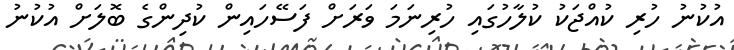
އުކުނު ހުރި ކުއްޖަކު ކުލާހުގައި ހުރިނަމަ ވަރަށް ފަސޭހައިން ކުދިންގެ ބޮލަށް އުކުނު